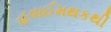
હવાઈમથકથી